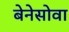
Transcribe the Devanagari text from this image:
बेनेसोवा